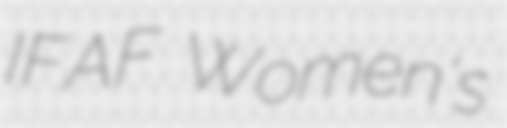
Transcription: IFAF Women's